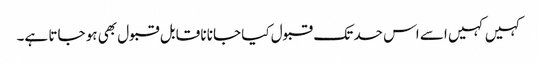
کہیں کہیں اسے اس حد تک قبول کیا جانا نا قابل قبول بھی ہو جاتا ہے۔